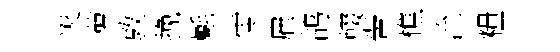
災萝敦挽氎零雇鸪輟翬樵沇糧